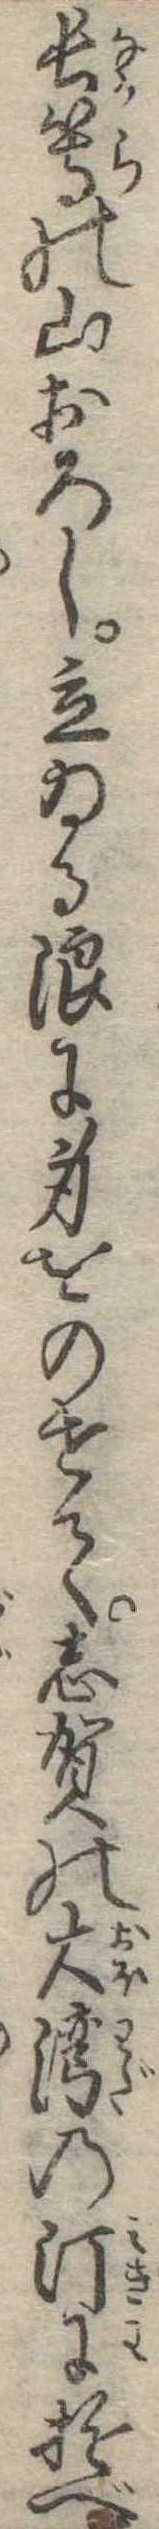
長等の山おろし立ゐる浪に身をのせて志賀の大湾の汀に遊べ